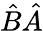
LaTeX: {\hat{B}}{\hat{A}}